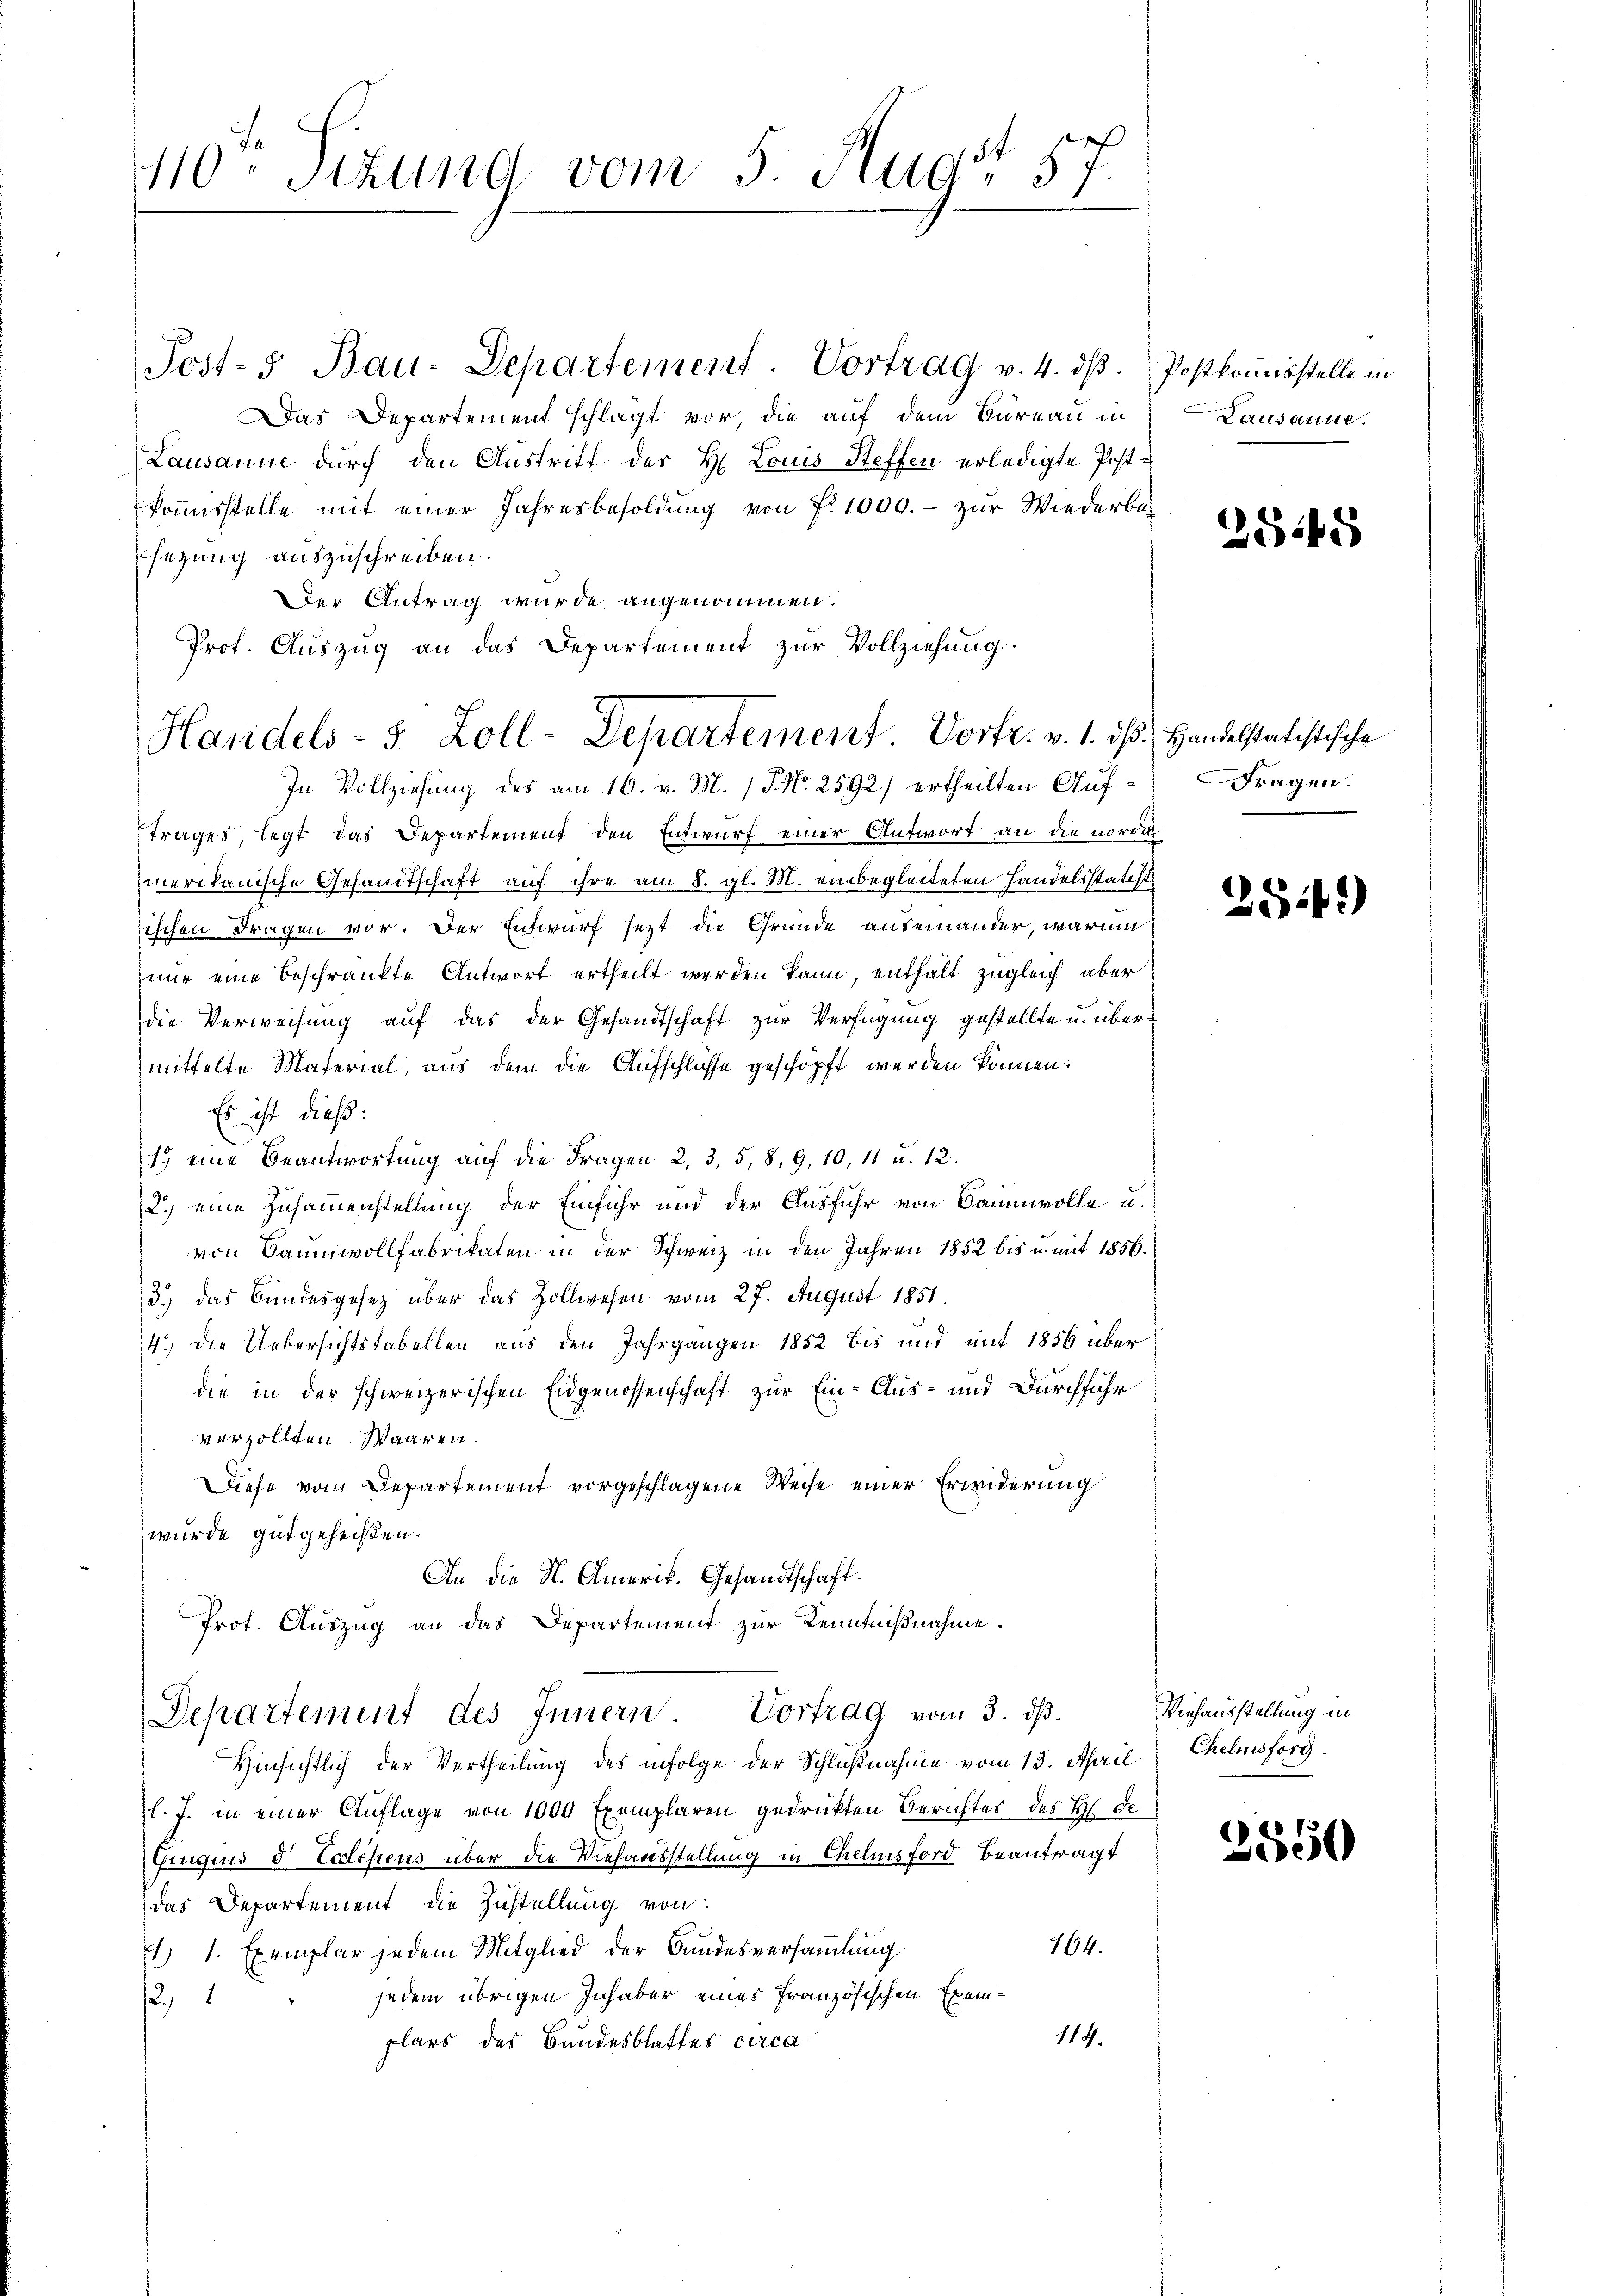
7
10 Sekung vom 5. Fud, 57

Handels- 5 Zoll-Departement. Vortr. v. 1. ds Handelstatistische

Post- u Bau-Departement. Vortrag v. 4. dβ. Postkommisstelle in
Das Departement schlagt vor, die auf dem Bureau in
Lausanne durch den Austritt des H. Louis Steffen erledigte Post-
koṁisstelle mit einer Jahresbesoldŭng von fr. 1000.- zur Wiederba
sezung auszuschreiben.
Der Antrag wurde angenommen.
Prot. Auszug an das Departement zur Vollziehung.
In Vollziehung des am 16. v. M. P. Nr. 2592./ ertheilten Aŭf- Fragen.
trages, legt das Departement den Entwurf einer Antwort an die norden
merikanische Gesandtschaft auf ihre am 8. gl. M. einbegleiteten Handelsstatcht
sischen Fragen vor. Der Entwurf setzt die Gründe auseinander, warum
nur eine beschränkte Antwort ertheilt werden kann, enthalt zugleich aber
die Verweisung auf das der Gesandtschaft zur Verfügung gestellte u. übermittelte Material, aus dem die Aufschlüsse geschöpft werden können.
Es ist dieß:
1. eine Beantwortung auf die Fragen 2, 3, 5, 8, 9, 10, 11 u. 12.
2.) eine Zusammenstellung der Einfuhr und der Ausfuhr von Baumwolle u.
von Baumwollfabrikaten in der Schweiz in den Jahren 1852 bis u. mit 1856.
3.) Das Bundesgesetz über das Zollwesen vom 27. August 1851.
4.) Die Uebersichtsfabellen aus den Jahrgangen 1852 bis und mit 1856 über
die in der schweizerischen Eidgenossenschaft zur Ein- Aus- und Durchführ
verzollten Waaren.
Diese vom Departement vorgeschlagene Weise einer Erwiderung
wurde gutgeheißen.
An die N. Amerik. Gesandtschaft.
Prot. Auszug an das Departement zur Kenntnißnahme.
Departement des Innern. Vortrag vom 3. d.
Hinsichtlich der Vertheilung des infolge der Schlußnahme vom 13. April
l. J. in einer Auflage von 1000 Exemplaren gedrückten Berichtes des H. de
Gruquus 8 Exlesens über die Viehausstellung in Chelmsford beantragt
das Departement die Zustellung von:
164.
E1) 1. Exemplar jedem Mitglied der Bundesversammlung
jedem übrigen Inhaber eines französischen Exem¬
21
114.
plars des Bundesblattes circa

Lausanne.

25145

28.4.)

Viehausstellung in
Chelmsforg.

e
e